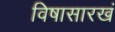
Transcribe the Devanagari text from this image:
विषासारखं